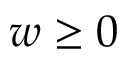
w \ge 0